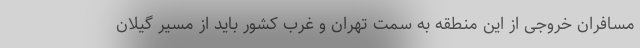
مسافران خروجی از این منطقه به سمت تهران و غرب کشور باید از مسیر گیلان